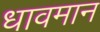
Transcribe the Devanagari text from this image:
धावमान